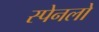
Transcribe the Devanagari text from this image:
स्पेनलो